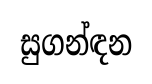
සුගන්ඳන